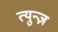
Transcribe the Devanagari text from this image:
त्युन्ज़